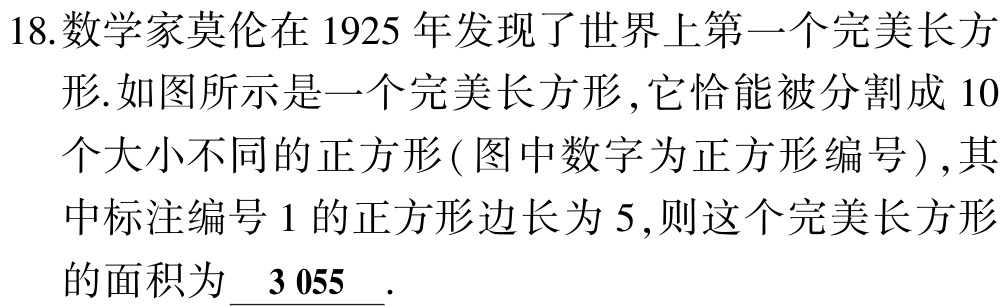
18.数学家莫伦在 1925 年发现了世界上第一个完美长方形.如图所示是一个完美长方形,它恰能被分割成 10个大小不同的正方形(图中数字为正方形编号),其中标注编号 1 的正方形边长为 5,则这个完美长方形的面积为$\underline{3\ 055}$.